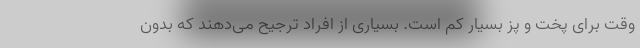
وقت برای پخت و پز بسیار کم است. بسیاری از افراد ترجیح می‌دهند که بدون